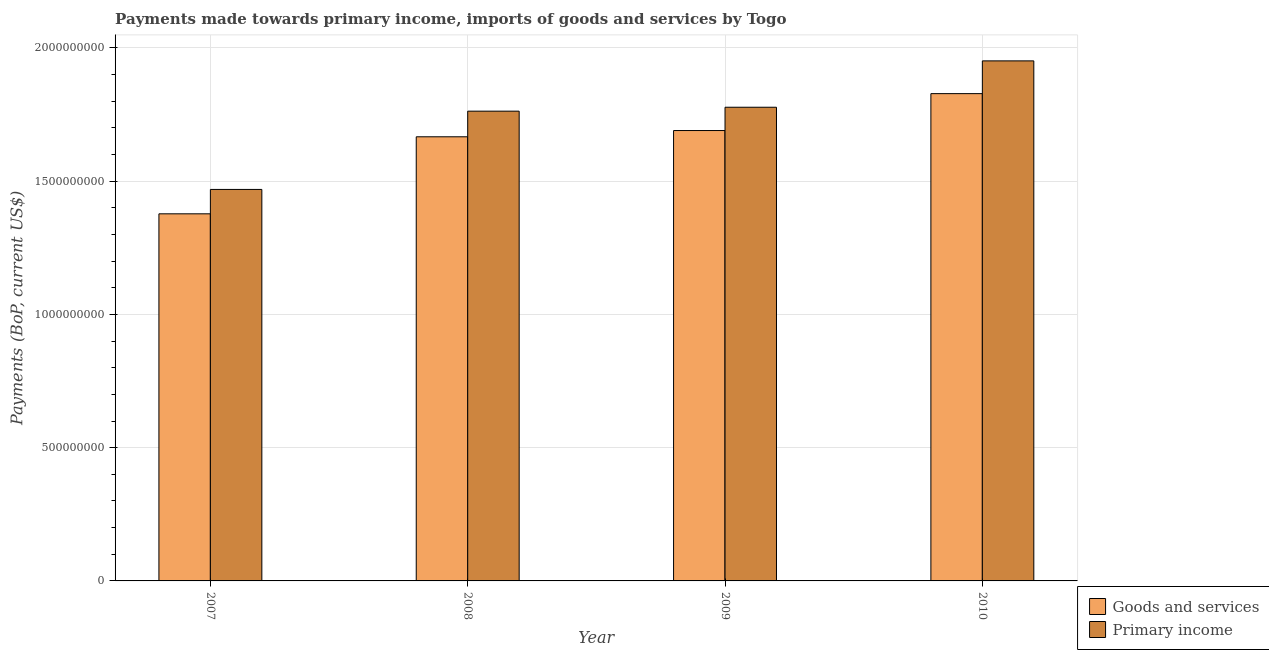
| Year | Goods and services | Primary income |
 | --- | --- | --- |
 | 2007 | 1.38e+09 | 1.47e+09 |
 | 2008 | 1.67e+09 | 1.76e+09 |
 | 2009 | 1.69e+09 | 1.78e+09 |
 | 2010 | 1.83e+09 | 1.95e+09 |